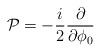
LaTeX: \begin{align*}{\cal P}=-{i\over 2}{\partial\over\partial\phi_0}\end{align*}